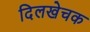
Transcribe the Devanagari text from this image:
दिलखेचक